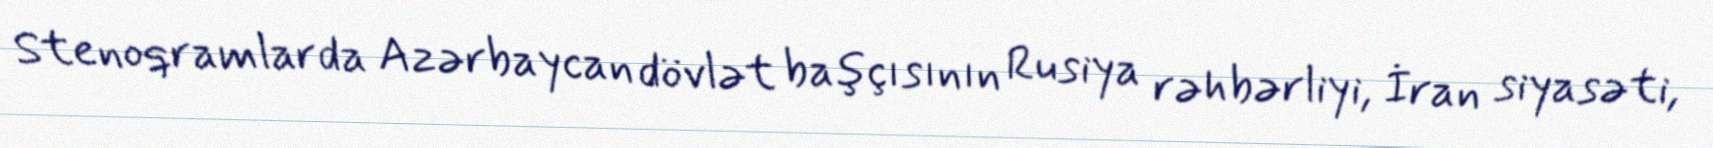
Stenoqramlarda Azərbaycan dövlət başçısının Rusiya rəhbərliyi, İran siyasəti,